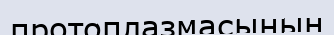
протоплазмасының